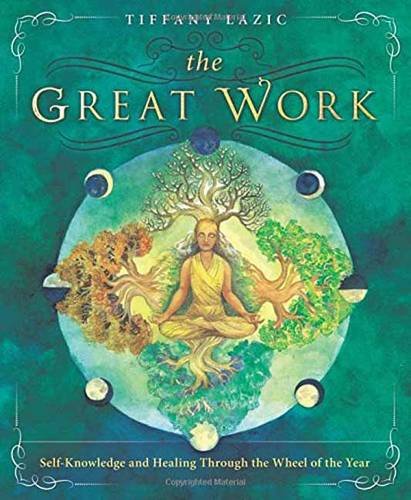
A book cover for The Great Work: Self-Knowledge and Healing Through the Wheel of the Year; Tiffany Lazic; Religion & Spirituality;